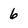
Character: 6